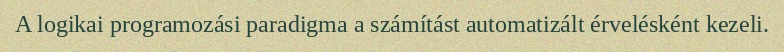
A logikai programozási paradigma a számítást automatizált érvelésként kezeli.